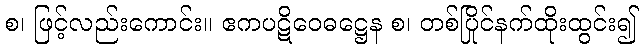
စ၊ ဖြင့်လည်းကောင်း။ ဧကပဋိဝေဓဋ္ဌေန စ၊ တစ်ပြိုင်နက်ထိုးထွင်း၍